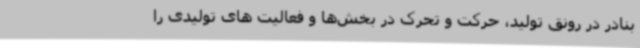
بنادر در رونق تولید، حرکت و تحرک در بخش‌ها و فعالیت های تولیدی را